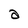
Character: a